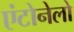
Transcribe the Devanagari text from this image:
एंटोनेलो